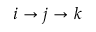
i \rightarrow j \rightarrow k